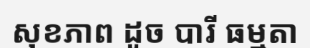
សុខភាព ដូច បារី ធម្មតា